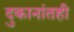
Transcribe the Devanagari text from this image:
दुकानांतही